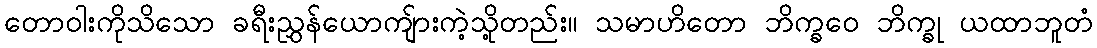
တောဝါးကိုသိသော ခရီးညွှန်ယောကျ်ားကဲ့သို့တည်း။ သမာဟိတော ဘိက္ခဝေ ဘိက္ခု ယထာဘူတံ